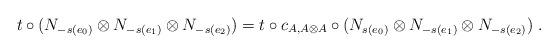
LaTeX: \begin{align*}t \circ (N_{-s(e_0)} \otimes N_{-s(e_1)} \otimes N_{-s(e_2)}) = t \circ c_{A,A\otimes A} \circ (N_{s(e_0)} \otimes N_{-s(e_1)} \otimes N_{-s(e_2)}) \ .\end{align*}